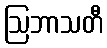
ဩဘာသတီ